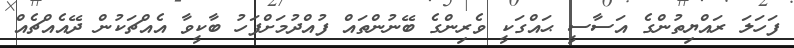
ފަހަލަ ރައްޔިތުންގެ އަސާސީ ޙައްގަކީ ވެރިންގެ ބޭނުންތައް ފުއްދުމަށްފަހު ބާކީވާ އެއްޗަކުން ދޭއެއްޗެއް